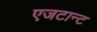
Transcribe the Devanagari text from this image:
एजटान्ट